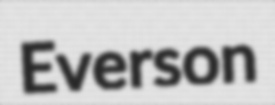
Everson